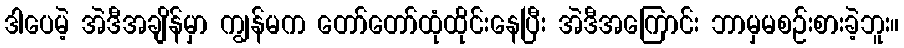
ဒါပေမဲ့ အဲဒီအချိန်မှာ ကျွန်မက တော်တော်ထုံထိုင်းနေပြီး အဲဒီအကြောင်း ဘာမှမစဉ်းစားခဲ့ဘူး။